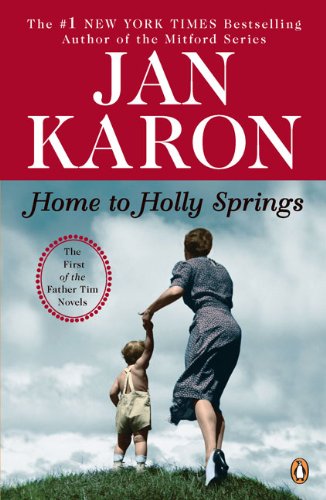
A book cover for Home to Holly Springs (Father Tim, Book 1); Jan Karon; Christian Books & Bibles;